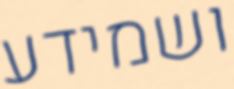
ושמידע